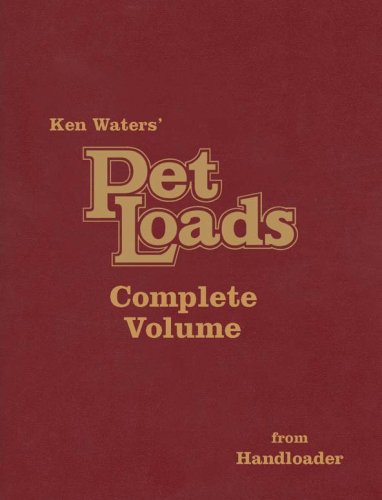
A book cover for Pet Loads the Complete Volume; Ken Waters; Sports & Outdoors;